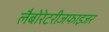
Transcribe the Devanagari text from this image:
लैबोरेटरीजफाइजर